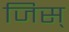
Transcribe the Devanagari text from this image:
जिस्